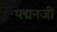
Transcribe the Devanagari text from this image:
पद्मनजी